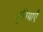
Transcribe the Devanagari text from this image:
दुनियाएँ